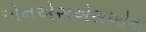
એનએસએસઓના